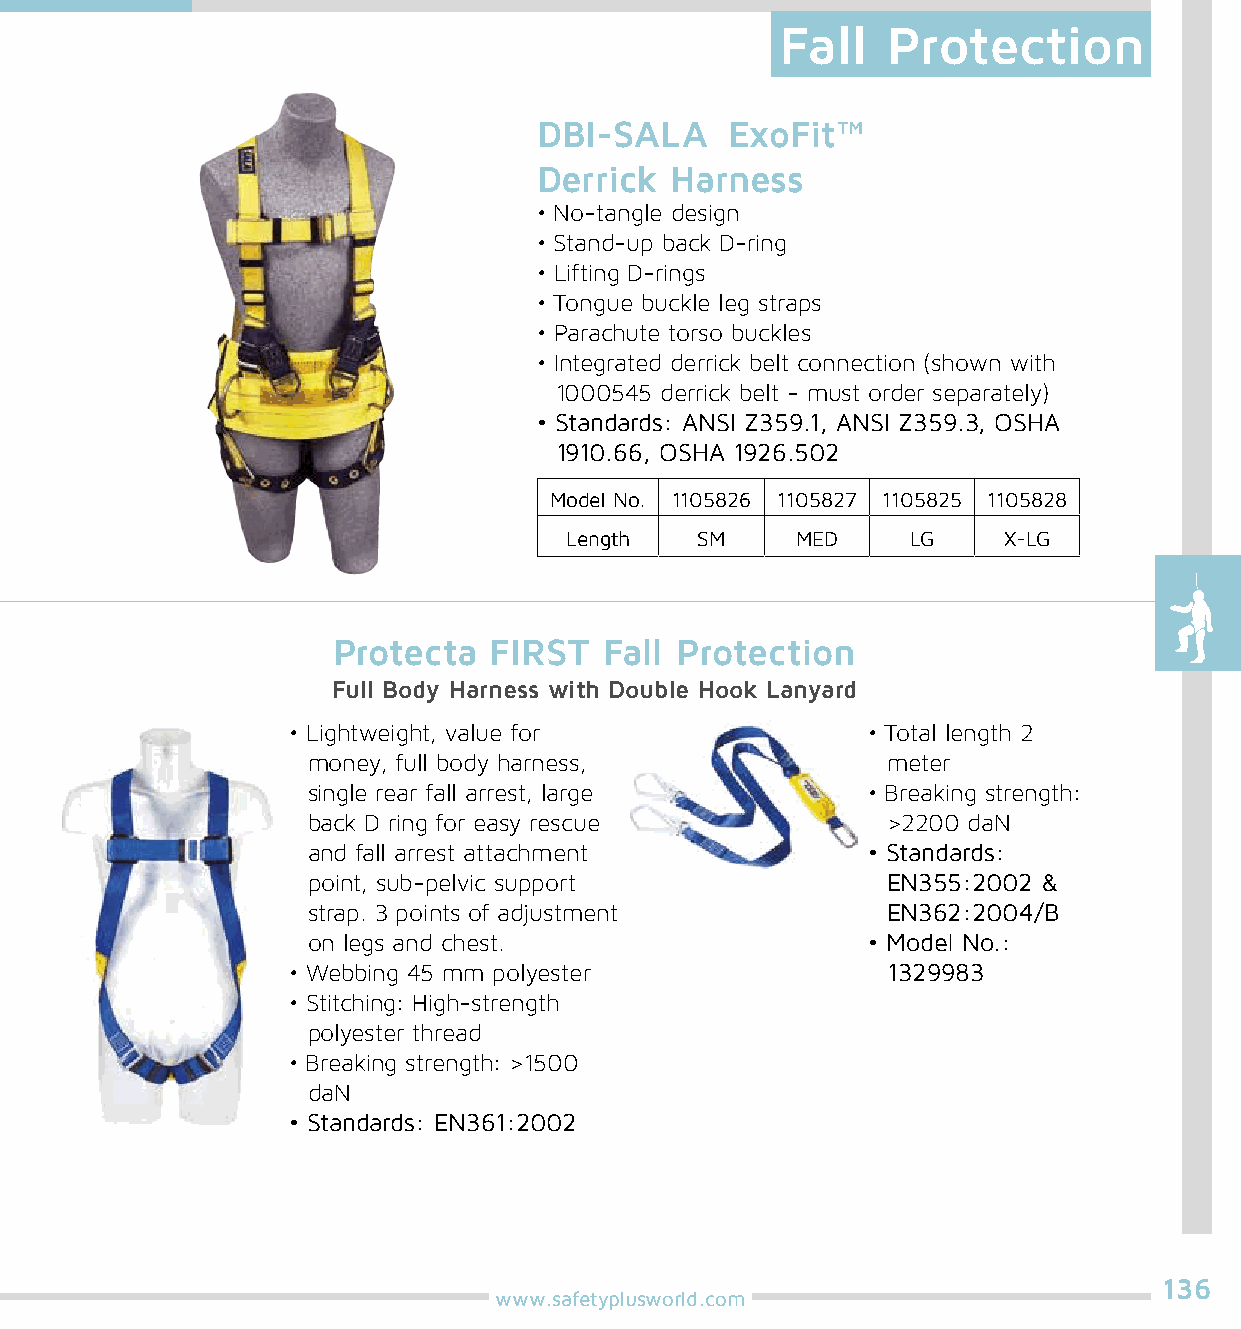
Fall   Protection
 DBI-SALA    ExoFit™
 Derrick Harness
 • No-tangle design
 • Stand-up back D-ring
 • Lifting D-rings
 • Tongue buckle leg straps
 • Parachute torso buckles
 • Integrated derrick belt connection (shown with
 1000545 derrick belt - must order separately)
 • Standards: ANSI Z359.1, ANSI Z359.3, OSHA
 1910.66, OSHA 1926.502
 Model No. 1105826 1105827 1105825 1105828
 Length   SM     MED    LG    X-LG
 Protecta  FIRST   Fall Protection
 Full Body Harness with Double Hook Lanyard
 • Lightweight, value for              • Total length 2
 money, full body harness,              meter
 single rear fall arrest, large       • Breaking strength:
 back D ring for easy rescue            >2200 daN
 and fall arrest attachment           • Standards:
 point, sub-pelvic support              EN355:2002 &
 strap. 3 points of adjustment          EN362:2004/B
 on legs and chest.                   • Model No.:
 • Webbing 45 mm polyester               1329983
 • Stitching: High-strength
 polyester thread
 • Breaking strength: >1500
 daN
 • Standards: EN361:2002
 136
 www.safetyplusworld.com